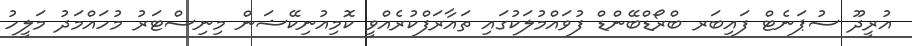
އުރީދޫ ސުޕަނެޓް ފައިބަރ ބްރޯޑްބޭންޑް ފުވައްމުލަކުގައި ތައާރަފްކުރެއްވީ ކޮމިއުނިކޭޝަން މިނިސްޓަރު މުހައްމަދު މަލީހު